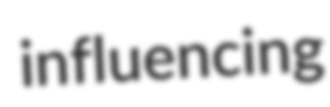
influencing